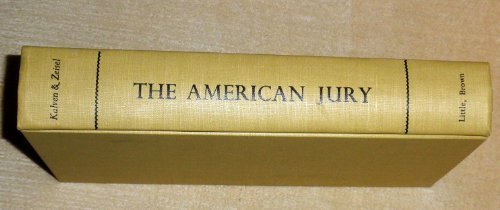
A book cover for The American Jury; Harry. Kalven; Law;